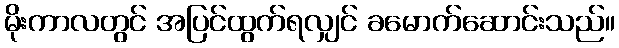
မိုးကာလတွင် အပြင်ထွက်ရလျှင် ခမောက်ဆောင်းသည်။